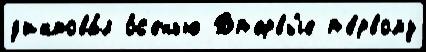
д'иктова́л о́с'енью Вп'ервы́е п'е́рвому